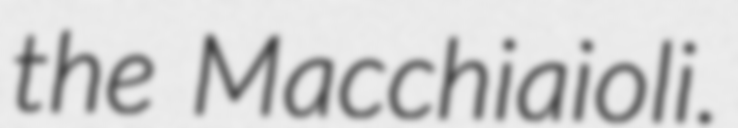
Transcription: the Macchiaioli.